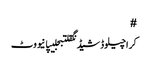
#
کراچیلوڈشیڈنگقلتبجلیپانیووٹ